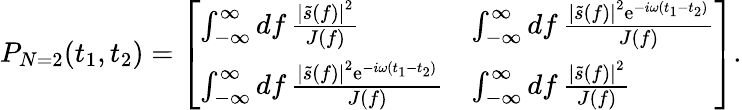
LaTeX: P_{N=2}(t_{1},t_{2})=\left[\begin{array}{ll}{\int_{-\infty}^{\infty}\mathop{df}\frac{\left|\tilde{s}(f)\right|^{2}}{J(f)}}&{\int_{-\infty}^{\infty}\mathop{df}\frac{\left|\tilde{s}(f)\right|^{2}\mathrm{e}^{-i\omega(t_{1}-t_{2})}}{J(f)}}\\ {\int_{-\infty}^{\infty}\mathop{df}\frac{\left|\tilde{s}(f)\right|^{2}\mathrm{e}^{-i\omega(t_{1}-t_{2})}}{J(f)}}&{\int_{-\infty}^{\infty}\mathop{df}\frac{\left|\tilde{s}(f)\right|^{2}}{J(f)}}\end{array}\right].